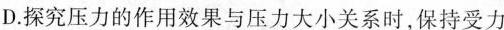
D.探究压力的作用效果与压力大小关系时，保持受力